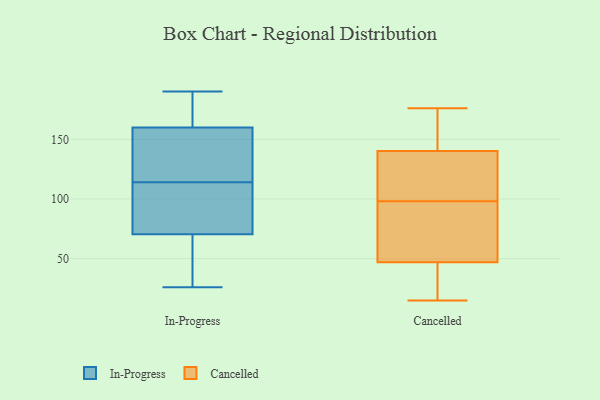
{"axis": {"x": "Tickets Resolved", "y": "Value"}, "legend": ["Cancelled", "In-Progress"], "data": [{"x": "", "y": 171, "type": "In-Progress"}, {"x": "", "y": 26, "type": "In-Progress"}, {"x": "", "y": 109, "type": "In-Progress"}, {"x": "", "y": 190, "type": "In-Progress"}, {"x": "", "y": 76, "type": "In-Progress"}, {"x": "", "y": 94, "type": "In-Progress"}, {"x": "", "y": 65, "type": "In-Progress"}, {"x": "", "y": 150, "type": "In-Progress"}, {"x": "", "y": 169, "type": "In-Progress"}, {"x": "", "y": 35, "type": "In-Progress"}, {"x": "", "y": 151, "type": "In-Progress"}, {"x": "", "y": 119, "type": "In-Progress"}, {"x": "", "y": 17, "type": "Cancelled"}, {"x": "", "y": 121, "type": "Cancelled"}, {"x": "", "y": 98, "type": "Cancelled"}, {"x": "", "y": 62, "type": "Cancelled"}, {"x": "", "y": 42, "type": "Cancelled"}, {"x": "", "y": 64, "type": "Cancelled"}, {"x": "", "y": 29, "type": "Cancelled"}, {"x": "", "y": 162, "type": "Cancelled"}, {"x": "", "y": 167, "type": "Cancelled"}, {"x": "", "y": 126, "type": "Cancelled"}, {"x": "", "y": 34, "type": "Cancelled"}, {"x": "", "y": 135, "type": "Cancelled"}, {"x": "", "y": 15, "type": "Cancelled"}, {"x": "", "y": 171, "type": "Cancelled"}, {"x": "", "y": 176, "type": "Cancelled"}, {"x": "", "y": 88, "type": "Cancelled"}, {"x": "", "y": 142, "type": "Cancelled"}, {"x": "", "y": 80, "type": "Cancelled"}, {"x": "", "y": 108, "type": "Cancelled"}]}